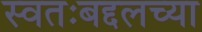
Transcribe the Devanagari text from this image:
स्वतःबद्दलच्या